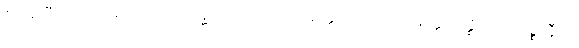
ဧဝမာဒီဟိပိ ကာရဏေဟိ ဗုဒ္ဓေါ။ ဣမဿ စ ပနတ္ထဿ ဝိညာပနတ္ထံ “ဗုဇ္ဈိတာ သစ္စာနီတိ